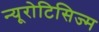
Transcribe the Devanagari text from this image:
न्यूरोटिसिज्म